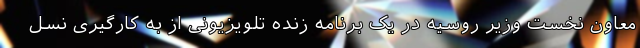
معاون نخست وزیر روسیه در یک برنامه زنده تلویزیونی از به کارگیری نسل